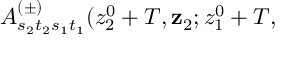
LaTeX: A _ { s _ { 2 } t _ { 2 } s _ { 1 } t _ { 1 } } ^ { ( \pm ) } ( z _ { 2 } ^ { 0 } + T , \mathbf { z } _ { 2 } ; z _ { 1 } ^ { 0 } + T ,